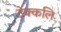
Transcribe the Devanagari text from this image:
टेक्कलि